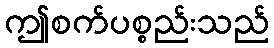
ဤစက်ပစ္စည်းသည်